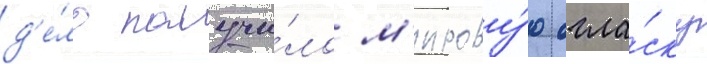
д'е́ло получи́ло м'ирову́ю огла́ску